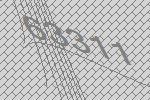
63311